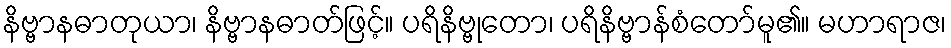
နိဗ္ဗာနဓာတုယာ၊ နိဗ္ဗာနဓာတ်ဖြင့်။ ပရိနိဗ္ဗုတော၊ ပရိနိဗ္ဗာန်စံတော်မူ၏။ မဟာရာဇ၊